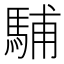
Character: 䮒